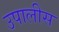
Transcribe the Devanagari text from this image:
उपालीस